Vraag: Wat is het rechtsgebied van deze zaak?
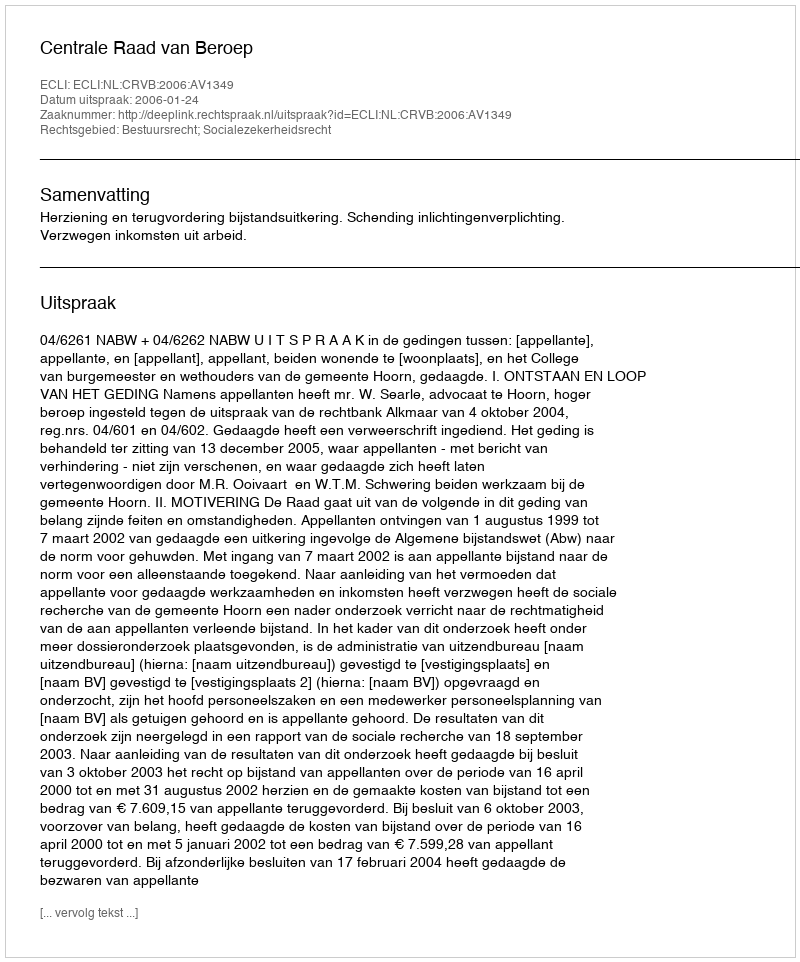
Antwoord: Bestuursrecht; Socialezekerheidsrecht